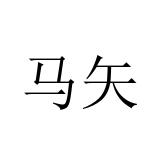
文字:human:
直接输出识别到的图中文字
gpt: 马矢